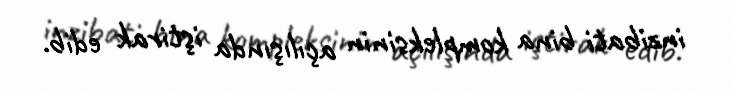
inzibati bina kompleksinin açılışında iştirak edib.